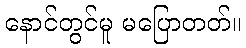
နောင်တွင်မူ မပြောတတ်။